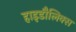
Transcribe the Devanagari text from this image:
हाइडौलिक्स